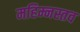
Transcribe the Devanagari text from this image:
महिम्नस्तव